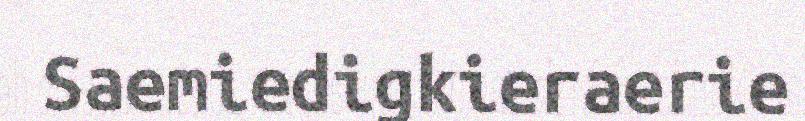
Saemiedigkieraerie